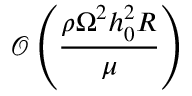
\mathcal { O } \left( \frac { \rho \Omega ^ { 2 } h _ { 0 } ^ { 2 } R } { \mu } \right)